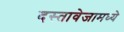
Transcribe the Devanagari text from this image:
दस्तावेजामध्ये